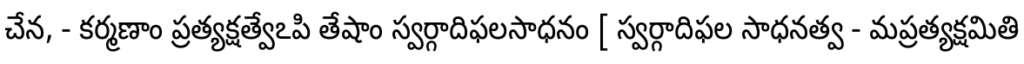
చేన, - కర్మణాం ప్రత్యక్షత్వేఽపి తేషాం స్వర్గాదిఫలసాధనం [ స్వర్గాదిఫల సాధనత్వ - మప్రత్యక్షమితి